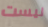
ليست